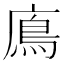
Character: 𩾦